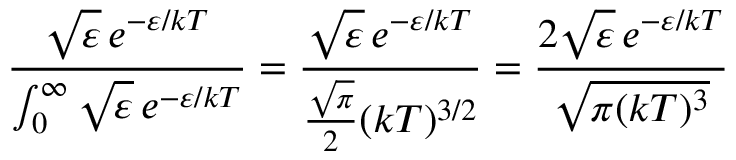
{ \frac { { \sqrt { \varepsilon } } \, e ^ { - \varepsilon / k T } } { \int _ { 0 } ^ { \infty } { \sqrt { \varepsilon } } \, e ^ { - \varepsilon / k T } } } = { \frac { { \sqrt { \varepsilon } } \, e ^ { - \varepsilon / k T } } { { \frac { \sqrt { \pi } } { 2 } } ( k T ) ^ { 3 / 2 } } } = { \frac { 2 { \sqrt { \varepsilon } } \, e ^ { - \varepsilon / k T } } { \sqrt { \pi ( k T ) ^ { 3 } } } }